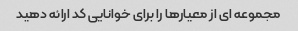
مجموعه ای از معیارها را برای خوانایی کد ارائه دهید